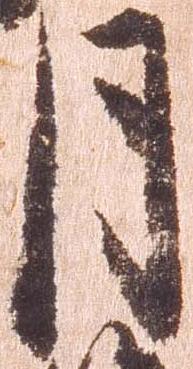
月